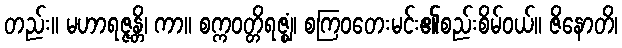
တည်း။ မဟာရဇ္ဇန္တိ၊ ကာ။ စက္ကဝတ္တိရဇ္ဈံ၊ စကြဝတေးမင်း၏စည်းစိမ်ဝယ်။ ဇိနောတိ၊